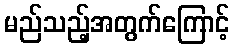
မည်သည့်အတွက်ကြောင့်